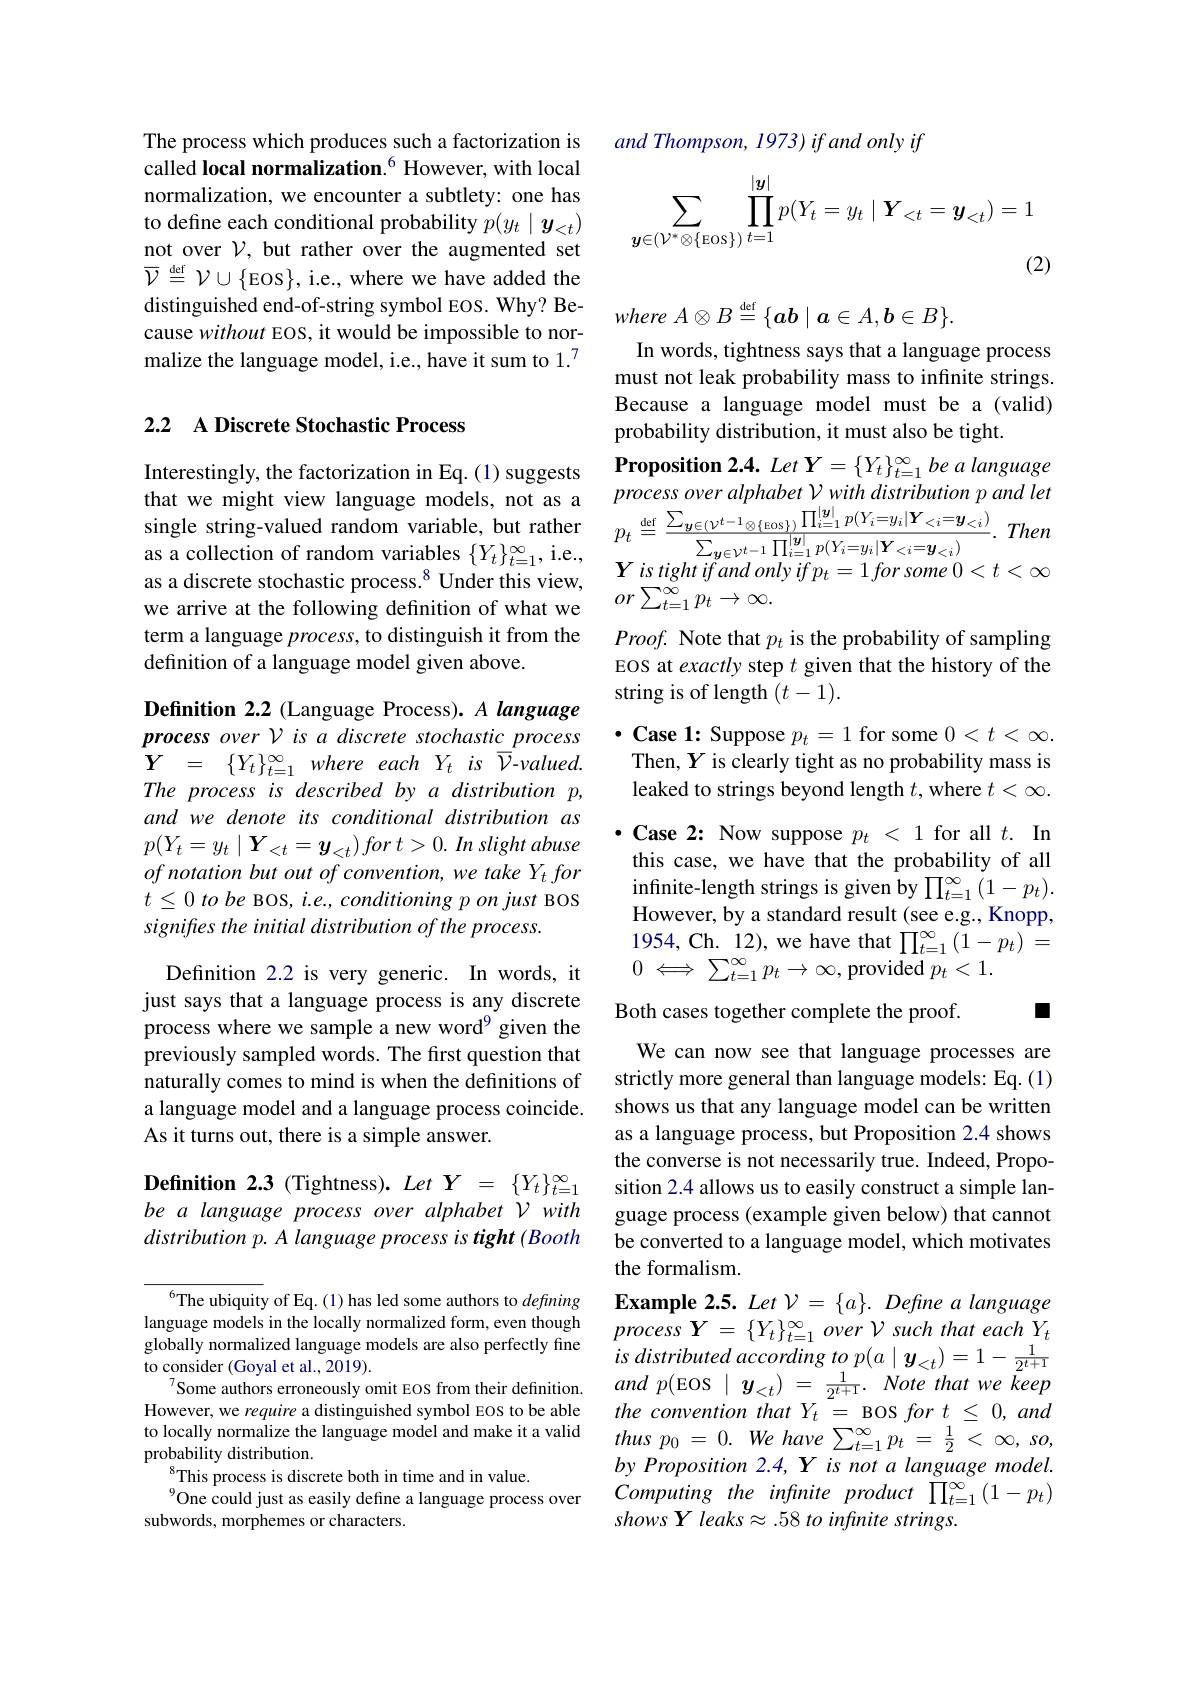
The process which produces such a factorization is called local normalization.$^{6}$ However, with local normalization, we encounter a subtlety: one has to define each conditional probability $p(y_t\mid\boldsymbol{y}_{<t})$ not over $\mathcal{V}$, but rather over the augmented set $\overline {\mathcal{V} }\overset {\mathrm{def}}{\operatorname* { = } }\mathcal{V} \cup \{$EOS$\}$, i.e., where we have added the distinguished end-of-string symbol EOS. Why? Because without EOS, it would be impossible to normalize the language model, i.e., have it sum to 1.$^{7}$

## 2.2 A Discrete Stochastic Process

Interestingly, the factorization in Eq.(1) suggests
that we might view language models, not as a process over alphabet Vwith distribution p and lethgele string-valued random variable, but rather $p_t\equiv\frac{\mathrm{def}}{\sum_{\boldsymbol{y}\in(\boldsymbol{\nu}^{t-1}\otimes\{\mathbf{Eos}\})}\prod_{i=1}^{|\boldsymbol{y}|}p(Y_{i}=y_{i}|\boldsymbol{Y}_{<i}=\boldsymbol{y}_{<i})}{\sum_{\boldsymbol{y}\in\mathcal{\nu}^{t-}}}$
as a discrete stochastic process.$^{8}$ Under this view,
as a dıscrete stochastıc process.° Under thıs vıew, $or\sum _{t= 1}^{\infty }p_{t}\to \infty .$
term a language $process$, to distinguish it from the
definition of a language model given above.

Definition 2.2 (Language Process). A language process over V is a discrete stochastic process $\begin{array}{rcl}{\dot{Y}}&{=}&{\{Y_{t}\}_{t=1}^{\infty}}&{where}&{each}&{Y_{t}}&{is}&{\bar{V}}{-valued}.\end{array}$ The process is described by a distribution p, and we denote its conditional distribution as $p( Y_t= y_t\mid \boldsymbol{Y}_{< t}= \boldsymbol{y}_{< t}) for$ $t> 0. \textit{ In slight abuse}$ of notation but out of convention, we take Yt for $t\leq 0\textit{ to be BOS, i. e. , conditioning p on just BOS}$ signifres the initial distribution of the process.

Definition 2.2 is very generic. In words, it just says that a language process is any discrete process where we sample a new word$^{9}$ given the previously sampled words. The first question that naturally comes to mind is when the definitions of a language model and a language process coincide. As it turns out, there is a simple answer.

Definition 2.3 (Tightness). Let Y = $\{Y_t\}_{t=1}^\infty$ be a language process over alphabet V with distribution p. A language process is tight (Booth

$^{6}$The ubiquity of Eq.(1) has led some authors to defining language models in the locally normalized form, even though globally normalized language models are also perfectly fine to consider (Goyal et al., 2019).
Some authors erroneously omit EOS from their definition. However, we require a distinguished symbol EOS to be able to locally normalize the language model and make it a valid probability distribution.
This process is discrete both in time and in value.
$^{9}$One could just as easily define a language process over
subwords, morphemes or characters.

and Thompson, 1973) if and only if
$$\sum_{\boldsymbol{y}\in(\mathcal{V}^*\otimes\{\mathrm{Eos}\})}\prod_{t=1}^{|\boldsymbol{y}|}p(Y_t=y_t\mid\boldsymbol{Y}_{<t}=\boldsymbol{y}_{<t})=1$$
(2)

where $A\otimes B\overset {\mathrm{def}}{\operatorname* { = } }\{ ab\mid a\in A, b\in B\} .$

In words, tightness says that a language process must not leak probability mass to infinite strings. Because a language model must be a(valid) probability distribution, it must also be tight.
Proposition 2.4. Let $Y=\{Y_t\}_{t=1}^{\infty}be$ a language process over alphabet V with distribution p and let Proof. Note that $p_t$ is the probability of sampling EOS at exactly step $t$ given that the history of the string is of length $(t-1).$
$\cdot$ Case 1: Suppose $p_t=1$ for some $0<t<\infty.$
Then, $Y$ is clearly tight as no probability mass is leaked to strings beyond length $t$,where $t<\infty.$
$\cdot$ Case 2: Now suppose $p_t<1$ for all $t.$ In this case, we have that the probability of all infinite-length strings is given by $\prod_{t=1}^\infty(1-p_t).$ However, by a standard result (see e.g., Knopp, 1954,Ch.12),we have that$\prod_t=1^{\infty}\left(\bar{1}-p_{t}\right)=$ $0\iff\sum_{t=1}^{\infty}p_t\to\infty$,provided$p_t<1.$
Both cases together complete the proof.
L

We can now see that language processes are strictly more general than language models: Eq. (1) shows us that any language model can be written as a language process, but Proposition 2.4 shows the converse is not necessarily true. Indeed, Proposition 2.4 allows us to easily construct a simple language process (example given below) that cannot be converted to a language model, which motivates the formalism.
Example 2.5. Let $\mathcal{V} = \{ a\} . \textit{Define a language}$ $process\boldsymbol{Y}=\{Y_t\}_{t=1}^\infty over\mathcal{V}$ such that each $Y_t$ $is$ distributed according $to$ $p( a\mid \boldsymbol{y}_{< t}) = 1- \frac 1{2^{t+ 1}}$ $and~p($EOS$\mid y_<t)~=~\frac1{2^{t+1}}.~Note~that~we~keep$ the convention that $Y_{t}=$ BOS $fort_{1}\leq0,and$ thus $p_{0}$ = 0. $We$ have $\sum _{t= 1}^{\infty }p_{t}$ = $\frac 12$ < $\infty $, $so$, by Proposition 2.4, Y is not a language model. Computing the infinite product \prod_{t=1}^{\infty}\left(1-p_{t}\right) shows Y leaks &58 to infinite strings.